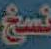
نسخ